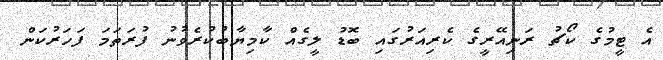
އެ ޓީމުގެ ކޯޗު ރަނިއޭރީގެ ކެރިއަރުގައި ބޮޑު ލީގެއް ކާމިޔާބުކުރެވުނު ފުރަތަމަ ފަހަރުކަން